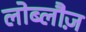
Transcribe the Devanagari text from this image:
लोब्लौज़